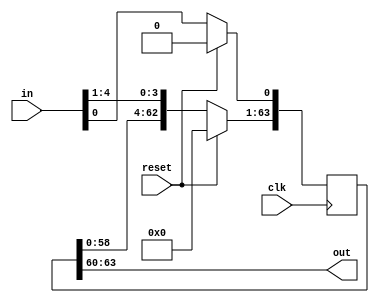
module shift_register (clk, reset, in, out);
	input wire clk, reset;
	input wire [4:0] in;
	output [3:0] out;

  parameter SIZE = 64;
	integer i;

  reg [SIZE-1:0] ser;

	initial begin
		ser = 0;
	end

	always@(posedge clk)
	begin

		if(reset == 1'b1) begin
			ser = 0;
		end
		else begin
	    for(i=0 ; i<5 ; i=i+1) begin
				ser[SIZE-1:1] = ser[SIZE-2:0];
				ser[0] = in[4-i];
	    end
		end
		// $display("%b",ser);
	end

	assign out = ser[SIZE-1:SIZE-4];
endmodule